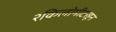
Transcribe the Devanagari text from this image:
२किलोमीटरहून